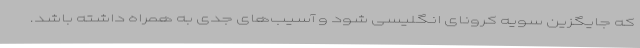
که جایگزین سویه کرونای انگلیسی شود و آسیب‌های جدی به همراه داشته باشد.